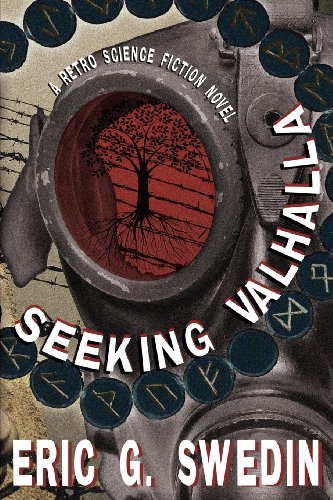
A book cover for Seeking Valhalla: A Retro Science Fiction Novel; Eric G. Swedin; Science Fiction & Fantasy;